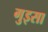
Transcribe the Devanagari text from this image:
गुइसा